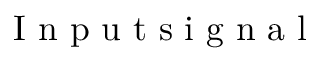
\mathrm { ~ I ~ n ~ p ~ u ~ t ~ s ~ i ~ g ~ n ~ a ~ l ~ }